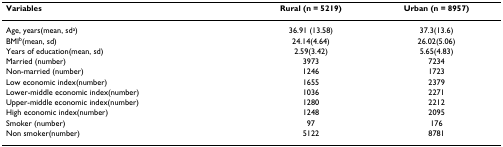
| Variables | Rural (n = 5219) | Urban (n = 8957) |
 | --- | --- | --- |
 | Age, years(mean, sda) | 36.91 (13.58) | 37.3(13.6) |
 | BMIb(mean, sd) | 24.14(4.64) | 26.02(5.06) |
 | Years of education(mean, sd) | 2.59(3.42) | 5.65(4.83) |
 | Married (number) | 3973 | 7234 |
 | Non-married (number) | 1246 | 1723 |
 | Low economic index(number) | 1655 | 2379 |
 | Lower-middle economic index(number) | 1036 | 2271 |
 | Upper-middle economic index(number) | 1280 | 2212 |
 | High economic index(number) | 1248 | 2095 |
 | Smoker (number) | 97 | 176 |
 | Non smoker(number) | 5122 | 8781 |